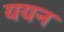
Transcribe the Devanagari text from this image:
ययन